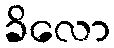
ခိလော